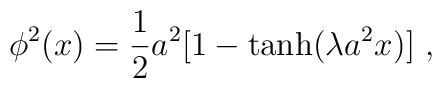
\phi^2(x) = \frac{1}{2}a^2[1-\tanh(\lambda a^2 x)] ~,